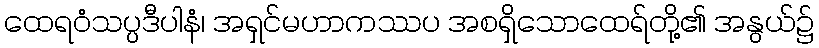
ထေရဝံသပ္ပဒီပါနံ၊ အရှင်မဟာကဿပ အစရှိသောထေရ်တို့၏ အနွယ်၌